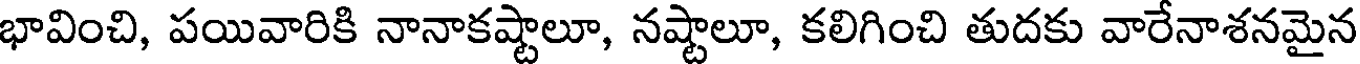
భావించి, పయివారికి నానాకష్టాలూ, నష్టాలూ, కలిగించి తుదకు వారేనాశనమైన